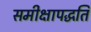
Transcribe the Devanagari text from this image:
समीक्षापद्धति